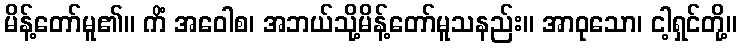
မိန့်တော်မူ၏။ ကိံ အဝေါစ၊ အဘယ်သို့မိန့်တော်မူသနည်း။ အာဝုသော၊ ငါ့ရှင်တို့။